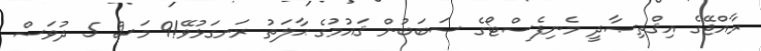
ރާއްޖޭގެ އިޤްތިޞާދީ މެނިފެސްޓޯގެ ސަބަބުން ޤައުމުގެ ޙާލަތު ރަނގަޅުވޭ!9 މަސް 5 ދުވަސް